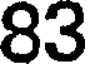
83